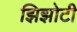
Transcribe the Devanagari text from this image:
झिझोटी